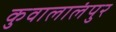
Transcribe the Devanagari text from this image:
कुवालालंपुर